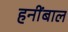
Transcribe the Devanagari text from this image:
हनींबाल